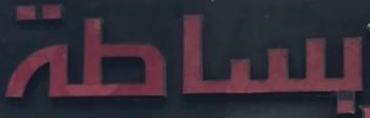
بساطة